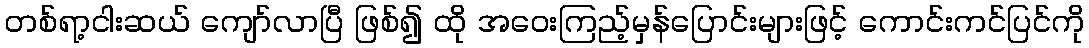
တစ်ရာ့ငါးဆယ် ကျော်လာပြီ ဖြစ်၍ ထို အဝေးကြည့်မှန်ပြောင်းများဖြင့် ကောင်းကင်ပြင်ကို